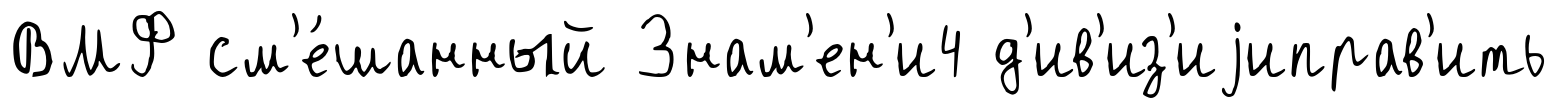
ВМФ см'е́шанный Знам'ен'и4 д'ив'из'иjиправ'ить